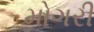
મોગરી